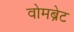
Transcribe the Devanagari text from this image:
वोमब्रेट